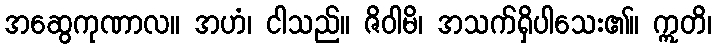
အဆွေကုဏာလ။ အဟံ၊ ငါသည်။ ဇိဝါမိ၊ အသက်ရှိပါသေး၏။ ဣတိ၊